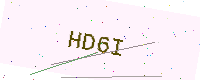
Text: HD6I